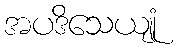
အပဒိသေယျုံ